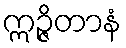
ဣဉ္ဇိတာနံ